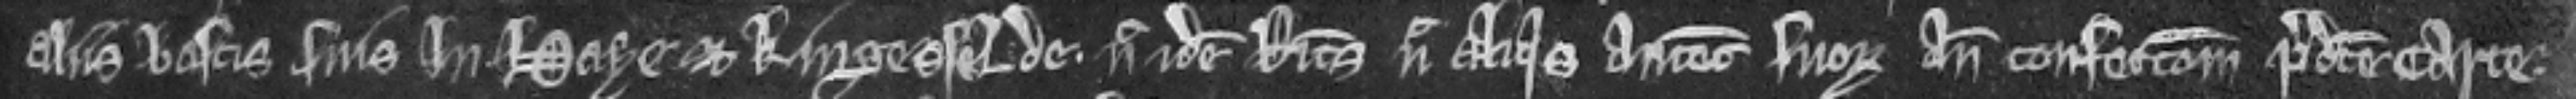
aliis boscis suis in Haye et Kingesselde. nec idem Ricardus nec aliquis antecessorum suorum ante confeccionem predicte carte.